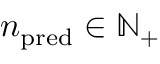
n _ { \mathrm { p r e d } } \in \ensuremath { \mathbb { N } } _ { + }